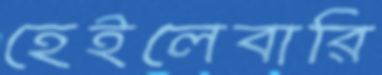
হেইলেবারি